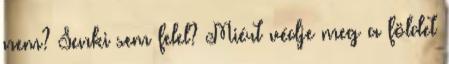
nem? Senki sem felel? Miért védje meg a földet